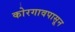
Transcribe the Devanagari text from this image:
कोरगावपासून